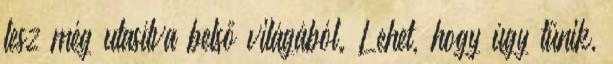
lesz még utasítva belső világából. Lehet, hogy úgy tűnik,